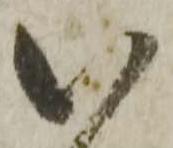
い